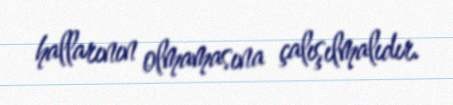
hallarının olmamasına çalışılmalıdır.